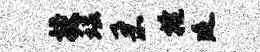
授瑶柔掩延